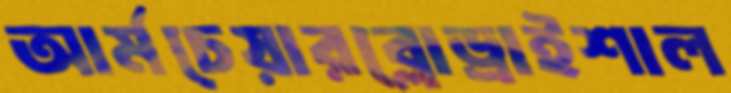
আর্মচেয়ারব্লোড্রাইশাল